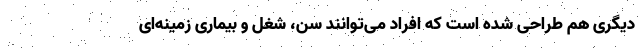
دیگری هم طراحی شده است که افراد می‌توانند سن، شغل و بیماری زمینه‌ای